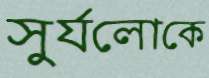
সুর্যলোকে